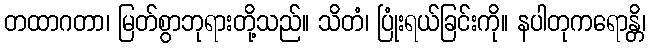
တထာဂတာ၊ မြတ်စွာဘုရားတို့သည်။ သိတံ၊ ပြုံးရယ်ခြင်းကို။ နပါတုကရောန္တိ၊